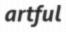
artful